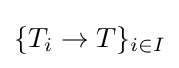
\{T_{i}\to T\}_{i\in I}